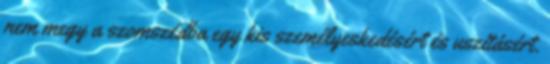
nem megy a szomszédba egy kis személyeskedésért és uszításért.